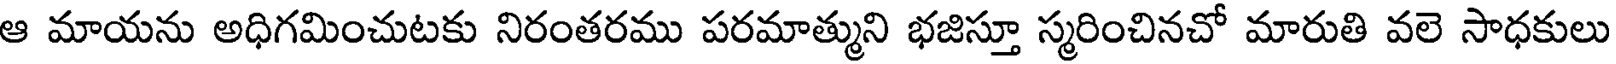
ఆ మాయను అధిగమించుటకు నిరంతరము పరమాత్ముని భజిస్తూ స్మరించినచో మారుతి వలె సాధకులు